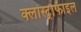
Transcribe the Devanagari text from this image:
क्लॉस्ट्रोफाइल